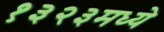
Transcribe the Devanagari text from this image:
१३२३मध्ये